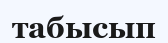
табысып